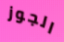
الجوز